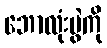
ဘောလုံးပွဲကို